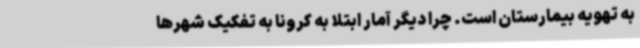
به تهویه بیمارستان است. چرا دیگر آمار ابتلا به کرونا به تفکیک شهرها